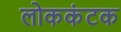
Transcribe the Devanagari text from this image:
लोककंटक